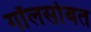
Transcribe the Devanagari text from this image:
गॉलसोबत